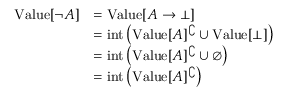
{ \begin{array} { r l } { { \mathrm { V a l u e } } [ \neg A ] } & { = { \mathrm { V a l u e } } [ A \to \bot ] } \\ & { = { \mathrm { i n t } } \left( { \mathrm { V a l u e } } [ A ] ^ { \complement } \cup { \mathrm { V a l u e } } [ \bot ] \right) } \\ & { = { \mathrm { i n t } } \left( { \mathrm { V a l u e } } [ A ] ^ { \complement } \cup \emptyset \right) } \\ & { = { \mathrm { i n t } } \left( { \mathrm { V a l u e } } [ A ] ^ { \complement } \right) } \end{array} }